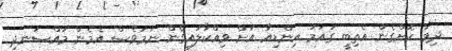
ދިމާ ކޮށްގެން އެތިބީ ގައުމު އިންޑިއާ އަށް ވިއްކާލައިގެން ނަމަވެސް އެމެން މުއްސަނދި